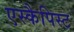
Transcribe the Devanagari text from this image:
एस्कैपिस्ट